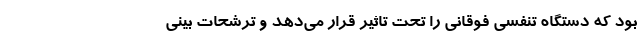
بود که دستگاه تنفسی فوقانی را تحت تاثیر قرار می‌دهد و ترشحات بینی